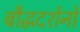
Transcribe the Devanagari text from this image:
बौद्धदर्शनों